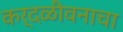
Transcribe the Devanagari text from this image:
कर्दळीवनाचा